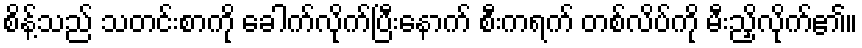
စိန့်သည် သတင်းစာကို ခေါက်လိုက်ပြီးနောက် စီးကရက် တစ်လိပ်ကို မီးညှိလိုက်၏။